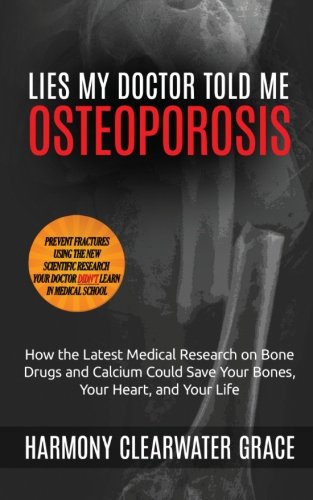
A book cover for Lies My Doctor Told Me: Osteoporosis: How the Latest Medical Research on Bone Drugs and Calcium Could Save Your Bones, Your Heart, and Your Life (Volume 1); Harmony Clearwater Grace; Health, Fitness & Dieting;